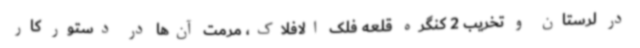
در لرستان و تخریب 2 کنگره قلعه فلک الافلاک، مرمت آن‌ها در دستور کار